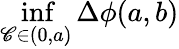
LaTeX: \operatorname*{inf}_{\mathscr{C}\in(0,a)}\Delta\phi(a,b)